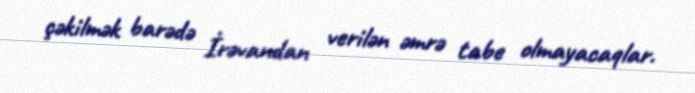
çəkilmək barədə İrəvandan verilən əmrə tabe olmayacaqlar.